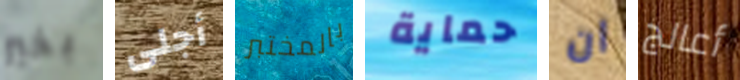
بخير أجلى بالمختبر حماية ان أعالج